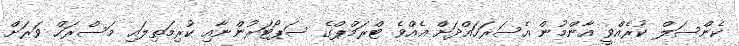
ކެންސަލް ކުރެއްވީ އާންމުން އެސަރަހައްދަށް އެއްވެ ޓްރަމްޕްގެ ސަޕޯޓަރުންނާއި ކުރިމަތިލައި މަސްރަހް ވަރަށް